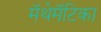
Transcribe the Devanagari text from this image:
मॅथेमॅटिका